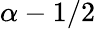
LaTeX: \alpha-1/2